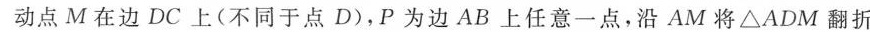
动点M在边DC上(不同于点D)，P为边AB上任意一点，沿AM将△ADM翻折